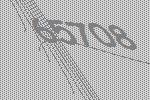
65708